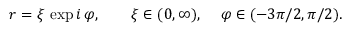
r = \xi \, \exp i \, \varphi , \ \ \ \ \ \ \xi \in ( 0 , \infty ) , \ \ \ \, \varphi \in ( - 3 \pi / 2 , \pi / 2 ) .